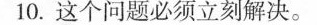
10.这个问题必须立刻解决.